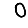
Digit: 0